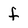
Character: f